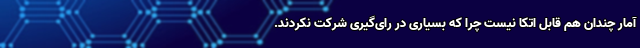
آمار چندان هم قابل اتکا نیست چرا که بسیاری در رای‌گیری شرکت نکردند.